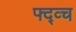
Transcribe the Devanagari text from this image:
फ्द्व्च